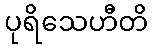
ပုရိသေဟီတိ